Vital statistics of India. Vol. V, Reports of 1876 on armies & jails and on epidemic cholera
Year: 1876
Disease focus: Cholera
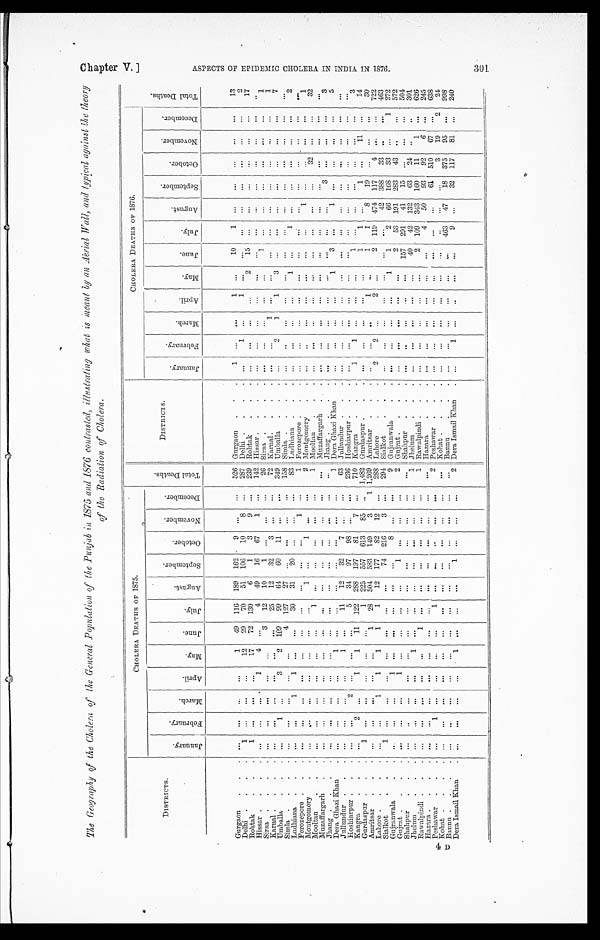
T h e G e o g r a p h y o f t h e C h o l e r a o f t h e G e n e r a l P o p u l a t i o n o f t h e P u n j a b i n 1 8 7 5 a n d 1 8 7 6 c o n t r a s t e d , i l l u s t r a t i n g w h a t i s m e a n t b y a n A e r i a l W a l l , a n d t y p i c a l a g a i n s t t h e t h e o r y
.
of the Radia t i o n o f C h o l e r a .
DI STRI CTS.
CHOLERA DEATHS OF 1875.
T o t a l D e a t h s .
DISTRICTS.
CHOLERA DEATHS OF 1876.
T o t a l D e a t h s .
J a n u a r y .
F e b r u a r y . M a r c h . A p r i l .
M a y . J u n e .
J u l y .
A u g u s t .
S e p t e m b e r . O c t o b e r .
N o v e m b e r .
D e c e m b e r .
J a n u a r y .
F e b r u a r y . M a r c h .
A p r i l .
M a y .
June.
J u l y .
A u g u s t .
S e p t e m b e r .
O c t o b e r .
N o v e m b e r . D e c e m b e r .
Gurgaon
1 49 116 189 162
9
526 Gurgaon
1
1
10
1
13
Delhi
1
12 29 70 51 106 10
8
287 Delhi
1
1
2
Rohtak
1
17 72 130 6 1 3
9
239 Rohtak
2
1 5
1 7
Hissar
1 4
4 49 16 67 1
H i s s a r
Sirsa
3 12 10 1
26 Sirsa
1
1
Karnal
25 12 32 3
72 Karnal
1
1
Umballa
1
3 2 109 99 64
6 0 1 1
3 4 9
U m b a l l a
2
1 1 3
7
Simla
4 127 27
1 5 8
S i m l a
Ludhiana
1
1
... 30 31 20
8 3 Ludhiana
1
1
2
Ferozepore
1
1 Ferozepore
Montgomery
1
1
2 Montgomery
1
1
Mooltan
1
1 Mooltan
3 2
32
Muzaffargarh
Muzaffargarh
Jhang
Jhang
3
3
Dera Ghazi Khan
1
1 Dera Ghazi Khan
1
3
1
5
Jullundur
1
11 12 32
7
6 3 Jullundur
Hoshiarpur
2
5 34 97 98
2 3 6 Hoshiarpur
Kangra
2
1
1 11 122 288 197 81
7
7 1 0 Kangra
1 1
1
3
Gurdaspur
1
1 225 557 613 85
1,482 Gurdaspur
1
1
1
111
1 4
Amritsar
1 28 504 583 149 3
1
1 , 2 6 9 Amritsar . . .
1
1 1 8
1 9
3 0
Lahore
1 1 1 1 1 12 177 82 12
2 8 8 Lahore
2 2
2
2
1 1 9 4 7 4
1 1 7
4
463
Sialkot
1
74 216 3
294 Sialkot
4 2
3 8 8
3 3
4 6 3
Gujranwala
1
8
9 Gujranwala
1
1
2 6 6
1 6 8
3 3
1
2 7 2
Gujrat
1
1
2 Gujrat
2 53
1 9 1
2 8 3
4 3
572
Shahpur
Shahpur
1 5 7
2 9 1 41
1 5
5 0 4
Jhelum
1
1 Jhelum
4 0 42 1 3 2
6 3
2 4
3 0 1
Rawalpindi
1
1 Rawalpindi
2 1 0 9
3 4 3
1 6 0 1 1
1
6 2 6
Hazara
Hazara
4 50
9 3 9 2
6
2 4 5
4 D Peshawar
1
1
2 Peshawar
61 5 1 0
6 7
6 3 8
Kohat
Kohat
3
1 92
2 4
Bannu
Bannu
4 6 3
47
1 8 3 7 5
9 5
9 9 8
Dera Ismail Khan
1
1
2 Dera Ismail Khan
1
9
32
1 1 7
81
240
C h a p t e r V . ]
A S P E C T S O F E P I D E M I C C H O L E R A I N I N D I A I N 1 8 7 6 .
301